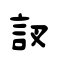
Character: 訍